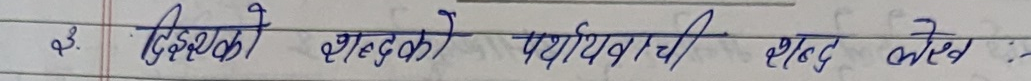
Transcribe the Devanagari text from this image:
३. शिक्षक शब्द के पर्यायवाची शब्द लिखें :